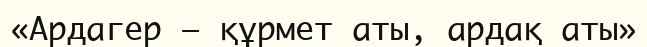
«Ардагер — құрмет аты, ардақ аты»